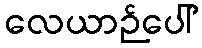
လေယာဉ်ပေါ်